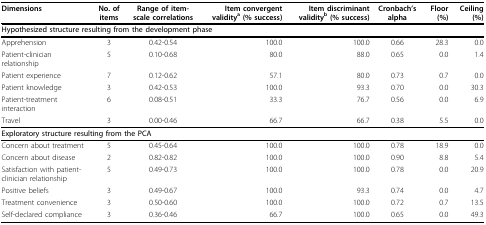
| Dimensions | No. of items | Range of item-scale correlations | Item convergent validitya (% success) | Item discriminant validityb (% success) | Cronbach's alpha | Floor (%) | Ceiling (%) |
 | --- | --- | --- | --- | --- | --- | --- | --- |
 | <COLSPAN=8> Hypothesized structure resulting from the development phase |
 | Apprehension | 3 | 0.42-0.54 | 100.0 | 100.0 | 0.66 | 28.3 | 0.0 |
 | Patient-clinician relationship | 5 | 0.10-0.68 | 80.0 | 88.0 | 0.65 | 0.0 | 1.4 |
 | Patient experience | 7 | 0.12-0.62 | 57.1 | 80.0 | 0.73 | 0.7 | 0.0 |
 | Patient knowledge | 3 | 0.42-0.53 | 100.0 | 93.3 | 0.70 | 0.0 | 30.3 |
 | Patient-treatment interaction | 6 | 0.08-0.51 | 33.3 | 76.7 | 0.56 | 0.0 | 6.9 |
 | Travel | 3 | 0.00-0.46 | 66.7 | 66.7 | 0.38 | 5.5 | 0.0 |
 | <COLSPAN=8> Exploratory structure resulting from the PCA |
 | Concern about treatment | 5 | 0.45-0.64 | 100.0 | 100.0 | 0.78 | 18.9 | 0.0 |
 | Concern about disease | 2 | 0.82-0.82 | 100.0 | 100.0 | 0.90 | 8.8 | 5.4 |
 | Satisfaction with patient-clinician relationship | 5 | 0.49-0.73 | 100.0 | 100.0 | 0.78 | 0.0 | 20.9 |
 | Positive beliefs | 3 | 0.49-0.67 | 100.0 | 93.3 | 0.74 | 0.0 | 4.7 |
 | Treatment convenience | 3 | 0.50-0.60 | 100.0 | 100.0 | 0.72 | 0.7 | 13.5 |
 | Self-declared compliance | 3 | 0.36-0.46 | 66.7 | 100.0 | 0.65 | 0.0 | 49.3 |